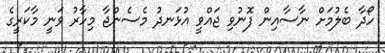
ހޯދާ ބެލުމަށް ނާސާއިން ފޮނުވި ޖައްވީ އުޅަނދު މެސެންޖާ މިހާރު ވަނީ މާކަރީގެ